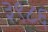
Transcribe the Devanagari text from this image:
३९८६